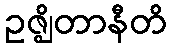
ဥဇ္ဈိတာနီတိ